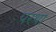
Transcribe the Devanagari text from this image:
परथा